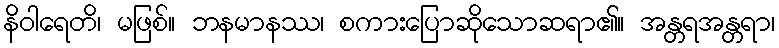
နိဝါရေတိ၊ မဖြစ်။ ဘနမာနဿ၊ စကားပြောဆိုသောဆရာ၏။ အန္တရအန္တရာ၊